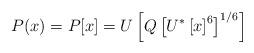
LaTeX: \begin{align*}P(x)=P[x]=U\left[Q\left[U^{*}\left[x\right]^6\right]^{1/6}\right]\end{align*}